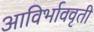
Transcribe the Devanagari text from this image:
आविर्भाववृती